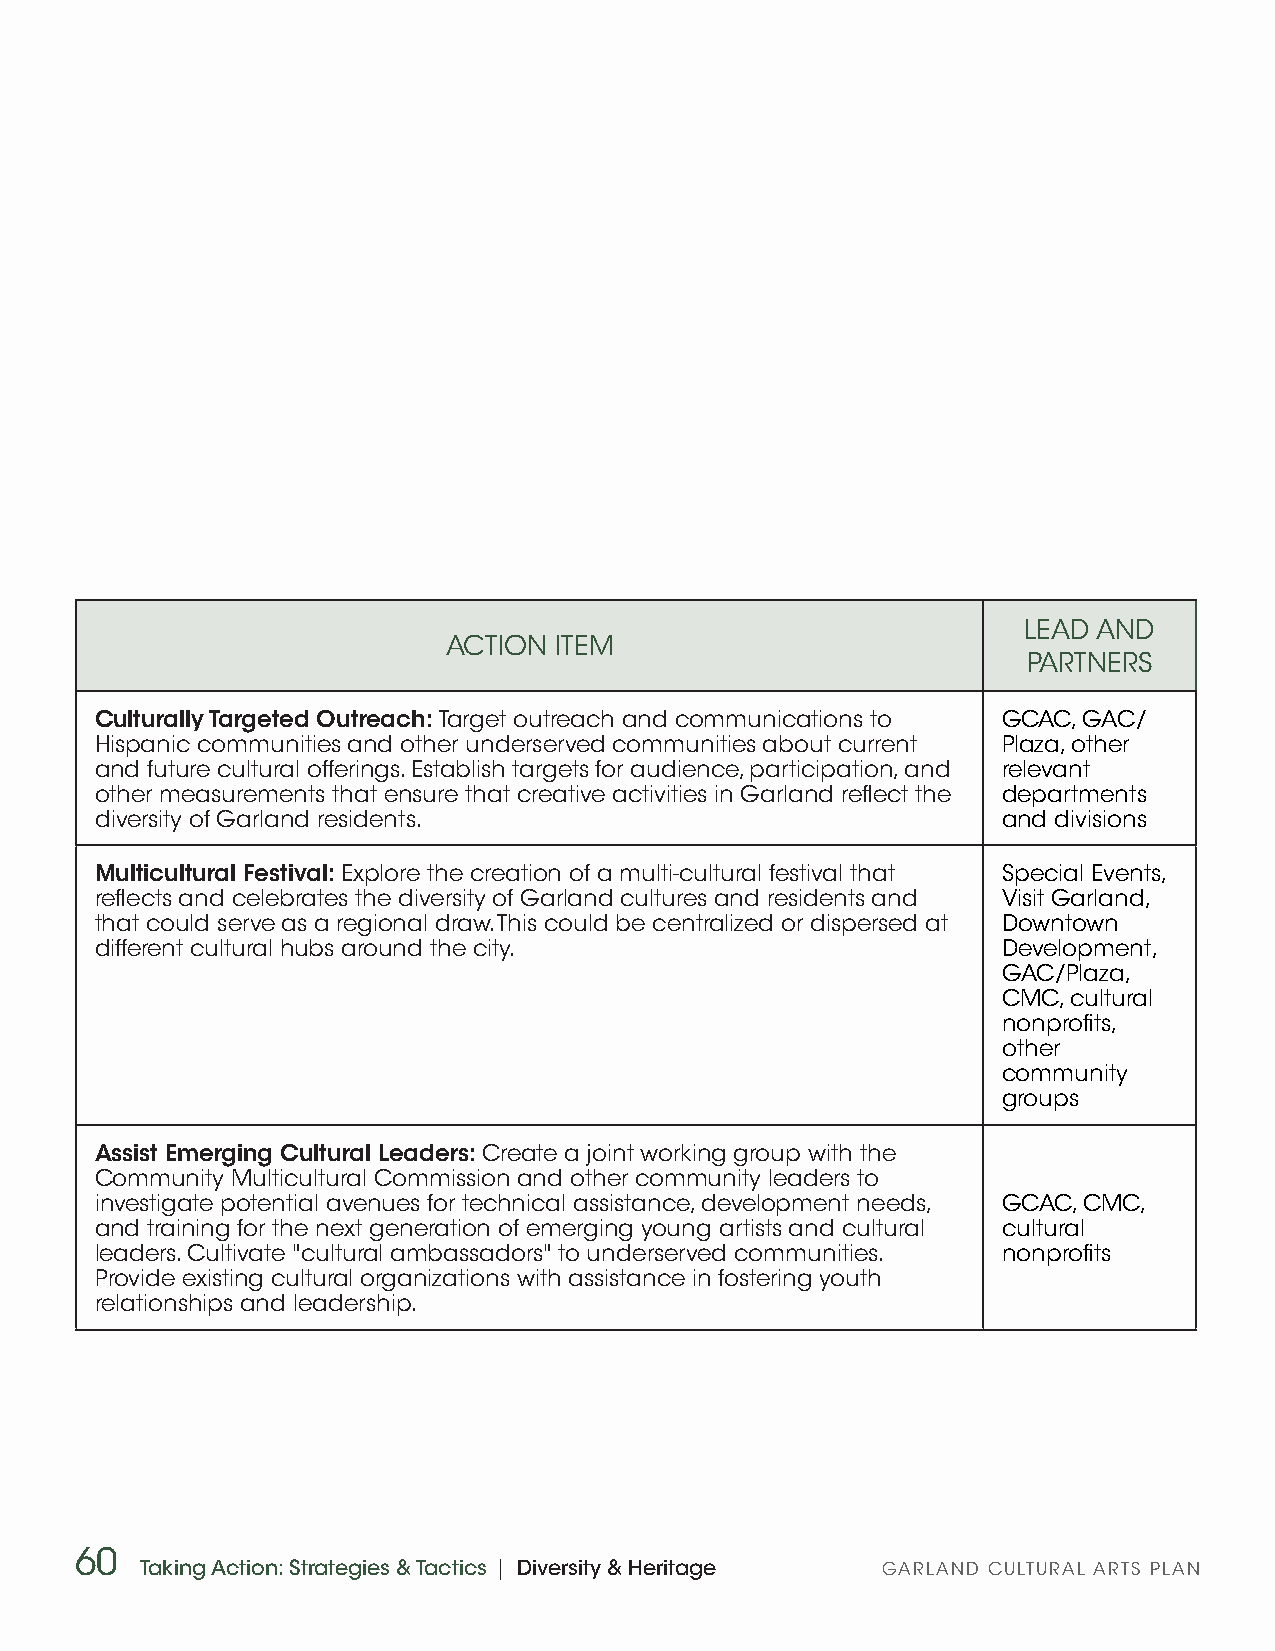
LEAD AND
 ACTION ITEM
 PARTNERS
 Culturally Targeted Outreach: Target outreach and communications to GCAC, GAC/
 Hispanic communities and other underserved communities about current Plaza, other
 and future cultural offerings. Establish targets for audience, participation, and relevant
 other measurements that ensure that creative activities in Garland reflect the departments
 diversity of Garland residents.                             and divisions
 Multicultural Festival: Explore the creation of a multi-cultural festival that Special Events,
 reflects and celebrates the diversity of Garland cultures and residents and Visit Garland,
 that could serve as a regional draw. This could be centralized or dispersed at Downtown
 different cultural hubs around the city.                    Development,
 GAC/Plaza,
 CMC, cultural
 nonprofits,
 other
 community
 groups
 Assist Emerging Cultural Leaders: Create a joint working group with the
 Community Multicultural Commission and other community leaders to
 investigate potential avenues for technical assistance, development needs, GCAC, CMC,
 and training for the next generation of emerging young artists and cultural cultural
 leaders. Cultivate "cultural ambassadors" to underserved communities. nonprofits
 Provide existing cultural organizations with assistance in fostering youth
 relationships and leadership.
 60
 Taking Action: Strategies & Tactics | Diversity & Heritage GARLAND CULTURAL ARTS PLAN